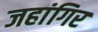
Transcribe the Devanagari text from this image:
जहांगिर